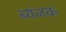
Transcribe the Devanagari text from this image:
ब्यंजक